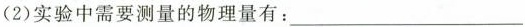
(2)实验中需要测量的物理量有：___